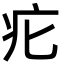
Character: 疕